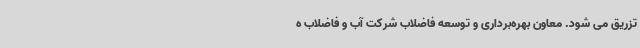
تزریق می شود. معاون بهره‌برداری و توسعه فاضلاب شرکت آب و فاضلاب ه